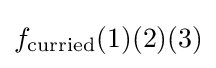
f_{\text{curried}}(1)(2)(3)